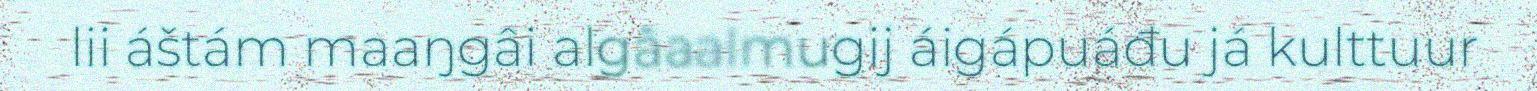
lii áštám maaŋgâi algâaalmugij áigápuáđu já kulttuur